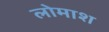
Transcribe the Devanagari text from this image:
लोमाश